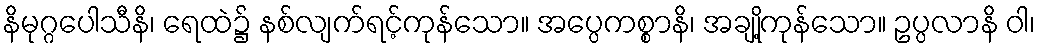
နိမုဂ္ဂပေါသီနိ၊ ရေထဲ၌ နစ်လျက်ရင့်ကုန်သော။ အပ္ပေကစ္စာနိ၊ အချို့ကုန်သော။ ဥပ္ပလာနိ ဝါ၊